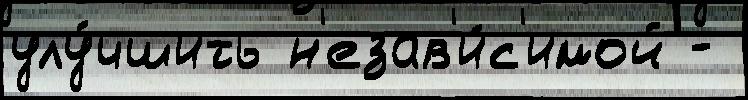
улу́чшить н'езав'и́с'имой -